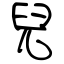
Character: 兒